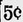
5C